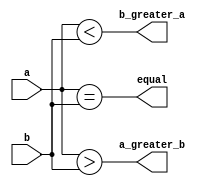
module comparator(
    input [1:0] a,
    input [1:0] b,
    output equal,
    output a_greater_b,
    output b_greater_a
);

assign equal = (a == b);
assign a_greater_b = (a > b);
assign b_greater_a = (a < b);

endmodule